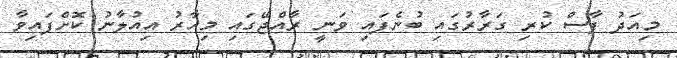
މިއަދު ފާސް ކުރި ގަރާރުގައި ބުނެފައި ވަނީ ރާއްޖޭގައި މިހާރު އިއުލާނު ކޮށްފައިވާ